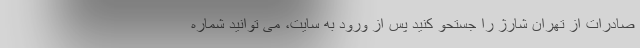
صادرات از تهران شارژ را جستحو کنید پس از ورود به سایت، می توانید شماره